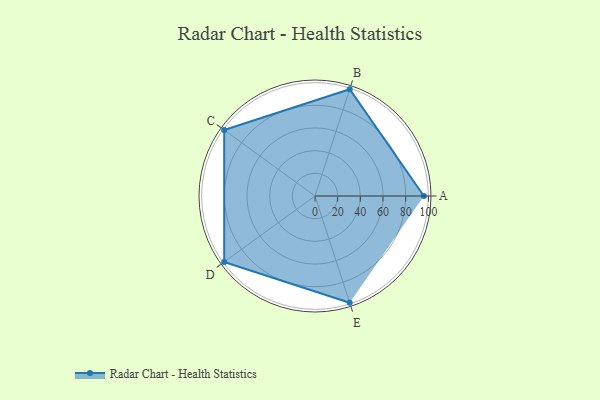
{"axis": {"x": "Skill", "y": "Score"}, "legend": ["Profile"], "data": [{"x": "A", "y": 96.0, "type": "Profile"}, {"x": "B", "y": 99.0, "type": "Profile"}, {"x": "C", "y": 99, "type": "Profile"}, {"x": "D", "y": 99, "type": "Profile"}, {"x": "E", "y": 99, "type": "Profile"}]}